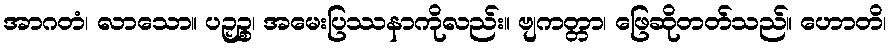
အာဂတံ၊ လာသော။ ပဉှဉ္စ၊ အမေးပြဿနာကိုလည်း။ ဗျကတ္တာ၊ ဖြေဆိုတတ်သည်။ ဟောတိ၊